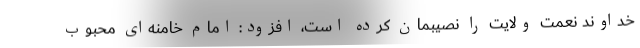
خداوند نعمت ولایت را نصیبمان کرده است، افزود: امام خامنه‌ای محبوب